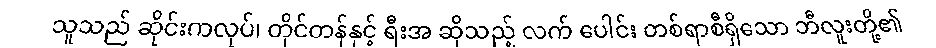
သူသည် ဆိုင်းကလုပ်၊ တိုင်တန်နှင့် ရီးအ ဆိုသည့် လက် ပေါင်း တစ်ရာစီရှိသော ဘီလူးတို့၏